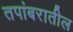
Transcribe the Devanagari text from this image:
तपांबरातील